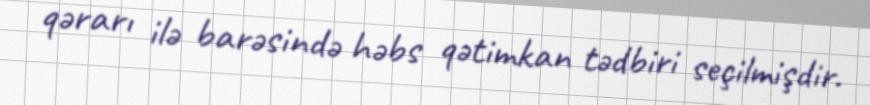
qərarı ilə barəsində həbs qətimkan tədbiri seçilmişdir.